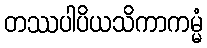
တဿပါပိယသိကာကမ္မံ